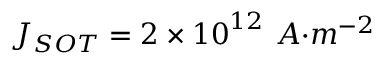
J _ { { S O T } } = 2 \times { 1 0 } ^ { 1 2 } \ { A } { { · } } { { m } } ^ { { - 2 } }